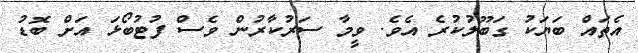
އެތައް ބަޔަކު ގަބޫލުކުރެ އެވެ. ވީމާ ސަރުކާރުން ވެސް ފުޓުބޯޅަ އަށް ބޮޑު